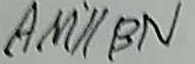
A M / / B N